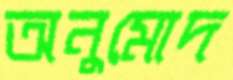
অনুমোদ